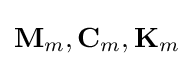
\mathbf {M} _{m},\mathbf {C} _{m},\mathbf {K} _{m}